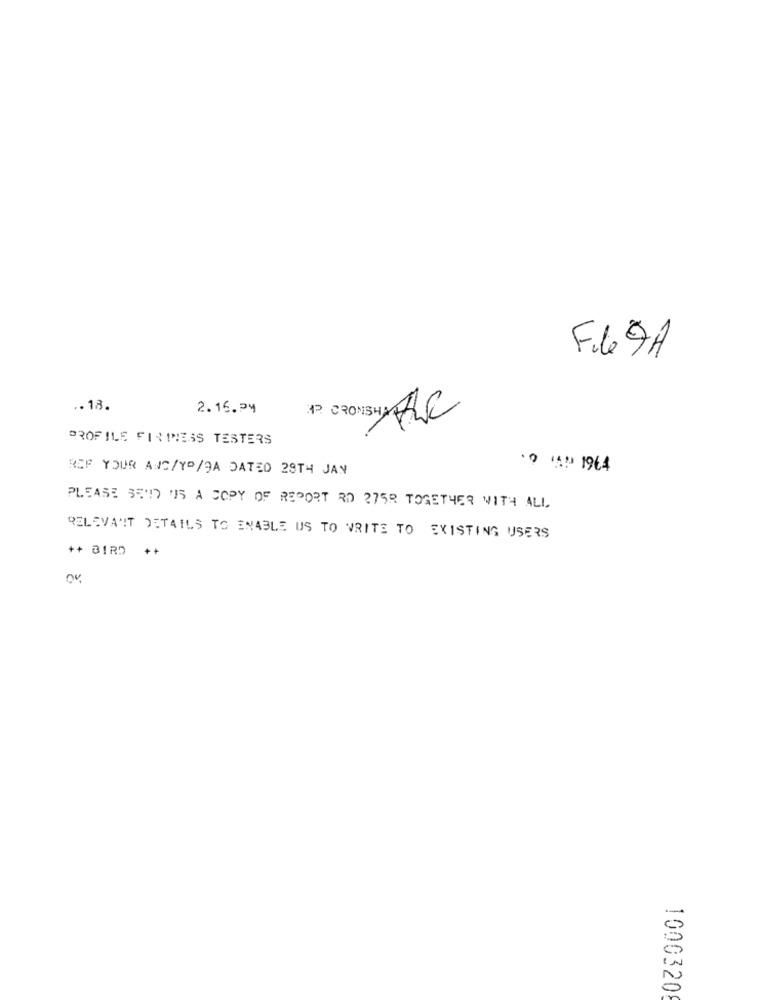
File DA
.. 18.
2.16.24
P GR HSM ALC
PROFILE FINTNESS TESTERS
REF YOUR AND/YP/9A DATED 29TH JAN
10 49 1964
PLEASE SEND US A COPY OF REPORT RO 275R TOGETHER WITH ALL
RELEVANT DETAILS TO ENABLE US TO WRITE TO EXISTING USERS
++ BIRD ++
1000320